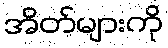
အိတ်များကို